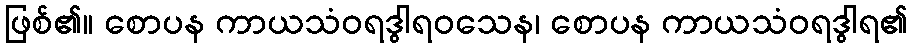
ဖြစ်၏။ စောပန ကာယသံဝရဒွါရဝသေန၊ စောပန ကာယသံဝရဒွါရ၏